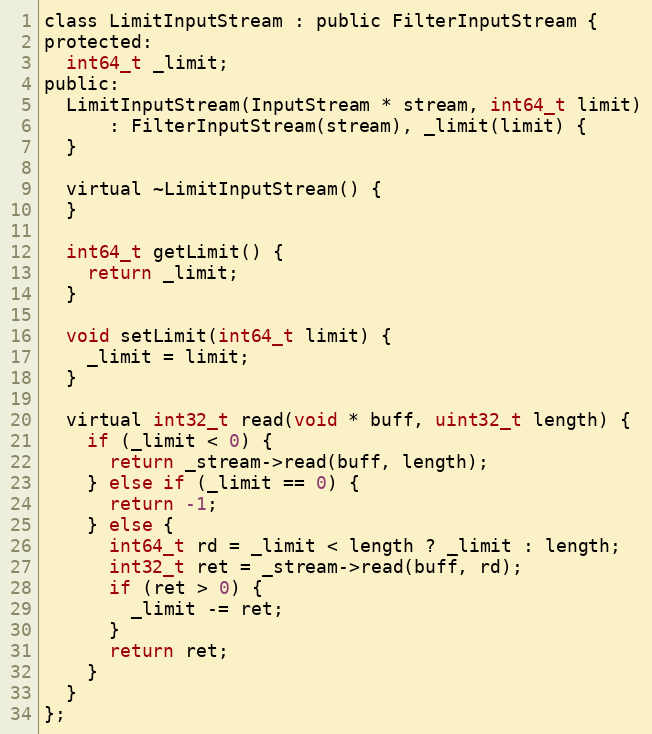
Language: C
class LimitInputStream : public FilterInputStream {
protected:
  int64_t _limit;
public:
  LimitInputStream(InputStream * stream, int64_t limit)
      : FilterInputStream(stream), _limit(limit) {
  }

  virtual ~LimitInputStream() {
  }

  int64_t getLimit() {
    return _limit;
  }

  void setLimit(int64_t limit) {
    _limit = limit;
  }

  virtual int32_t read(void * buff, uint32_t length) {
    if (_limit < 0) {
      return _stream->read(buff, length);
    } else if (_limit == 0) {
      return -1;
    } else {
      int64_t rd = _limit < length ? _limit : length;
      int32_t ret = _stream->read(buff, rd);
      if (ret > 0) {
        _limit -= ret;
      }
      return ret;
    }
  }
};